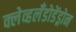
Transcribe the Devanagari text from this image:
क्लेव्हलँडोडेंड्रोन